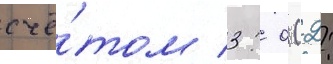
счё́том 3: 0 (2: